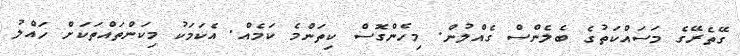
ގޭތެރޭގެ މަސައްކަތުގެ ބެލެންސް ގެއްލުން. މިހެންގޮސް ކިތަންމެ ކަމެއް. އެކަމަކު މިކަންތައްތަކަށް ހައްލު